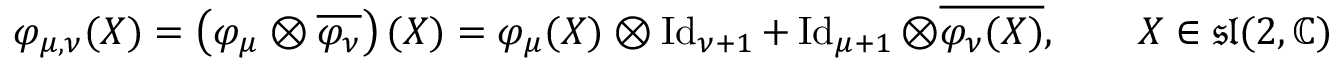
\varphi _ { \mu , \nu } ( X ) = \left( \varphi _ { \mu } \otimes { \overline { { \varphi _ { \nu } } } } \right) ( X ) = \varphi _ { \mu } ( X ) \otimes \operatorname { I d } _ { \nu + 1 } + \operatorname { I d } _ { \mu + 1 } \otimes { \overline { { \varphi _ { \nu } ( X ) } } } , \qquad X \in { \mathfrak { s l } } ( 2 , \mathbb { C } )